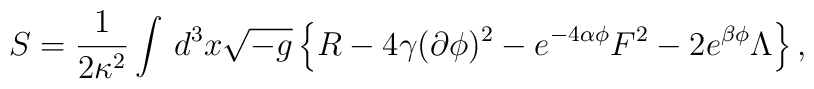
S = \frac1{2\kappa^2} \int \, d^3x \sqrt{-g} \left\{ R  - 4 \gamma (\partial \phi)^2 - e^{-4\alpha\phi} F^2  - 2 e^{\beta\phi} \Lambda \right\},